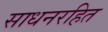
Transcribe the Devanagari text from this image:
साधनरहित